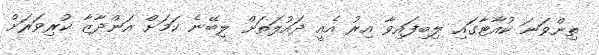
ތިންވަނަ ކުއާޓާގައި ލިބިފައިވާ އިރު އެއީ ދައުލަތަށް ލިބޭނެ ކަމަށް އަންދާޒާ ކުރިވަރަށް